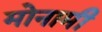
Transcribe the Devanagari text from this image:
मोनामी